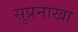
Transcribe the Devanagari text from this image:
सुप्रनाखा